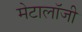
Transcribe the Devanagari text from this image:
मेटालॉजी